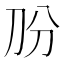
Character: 𱐓